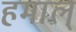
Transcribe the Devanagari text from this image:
हमाल्